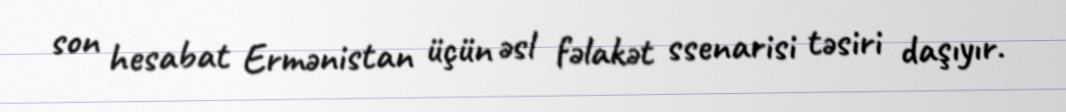
son hesabat Ermənistan üçün əsl fəlakət ssenarisi təsiri daşıyır.